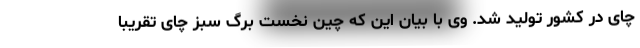
چای در کشور تولید شد. وی با بیان این که چین نخست برگ سبز چای تقریبا